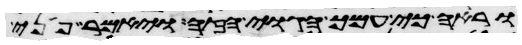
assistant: וראה כי עמך הגוי הזה ויאמר פני